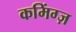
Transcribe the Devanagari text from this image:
कमिंग्ज़